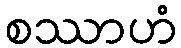
စဿာဟံ